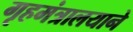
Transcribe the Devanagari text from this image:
गृहमंत्रालयाने